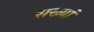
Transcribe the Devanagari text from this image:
सख्यां